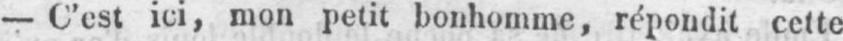
- C’est ici, mon petit bonhomme, répondit cette